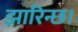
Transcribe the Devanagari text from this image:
झारिन्छ।